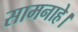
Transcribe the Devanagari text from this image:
सामनाहे।